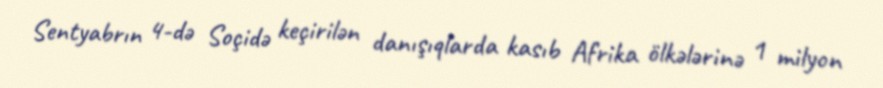
Sentyabrın 4-də Soçidə keçirilən danışıqlarda kasıb Afrika ölkələrinə 1 milyon